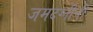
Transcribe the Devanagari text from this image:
जमदग्नीची